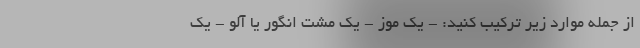
از جمله موارد زیر ترکیب کنید: - یک موز - یک مشت انگور یا آلو - یک